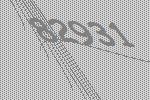
82931